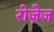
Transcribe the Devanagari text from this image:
रोज़ेज